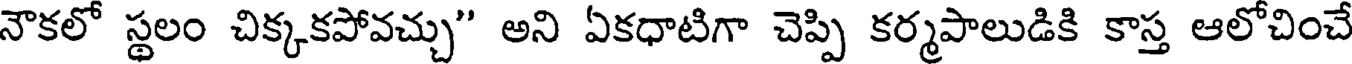
నౌకలో స్థలం చిక్కకపోవచ్చు" అని ఏకధాటిగా చెప్పి కర్మపాలుడికి కాస్త ఆలోచించే